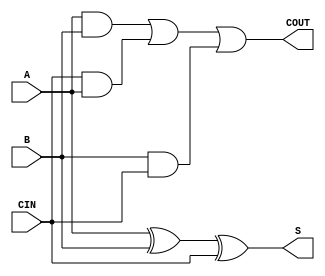
module myfulladder(S, COUT, A, B, CIN);
    output S, COUT;
    input A, B, CIN;

    assign S = (A^B) ^CIN;
    assign COUT = (A&B)|(CIN&A) |(B&CIN);
endmodule